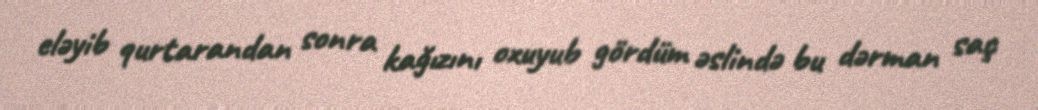
eləyib qurtarandan sonra kağızını oxuyub gördüm əslində bu dərman saç